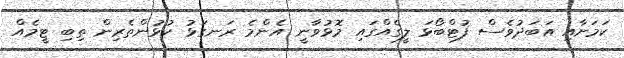
ކަމަށާއި އަބަދުވެސް ފުޓްބޯޅަ ލީގެއްގައި މޮޅުވާނީ އެންމެ ރަނގަޅު ކުޅުންތެރިން ތިބި ޓީމެއް